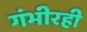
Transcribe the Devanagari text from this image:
गंभीरही